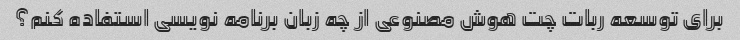
برای توسعه ربات چت هوش مصنوعی از چه زبان برنامه نویسی استفاده کنم؟